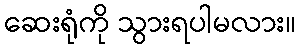
ဆေးရုံကို သွားရပါမလား။